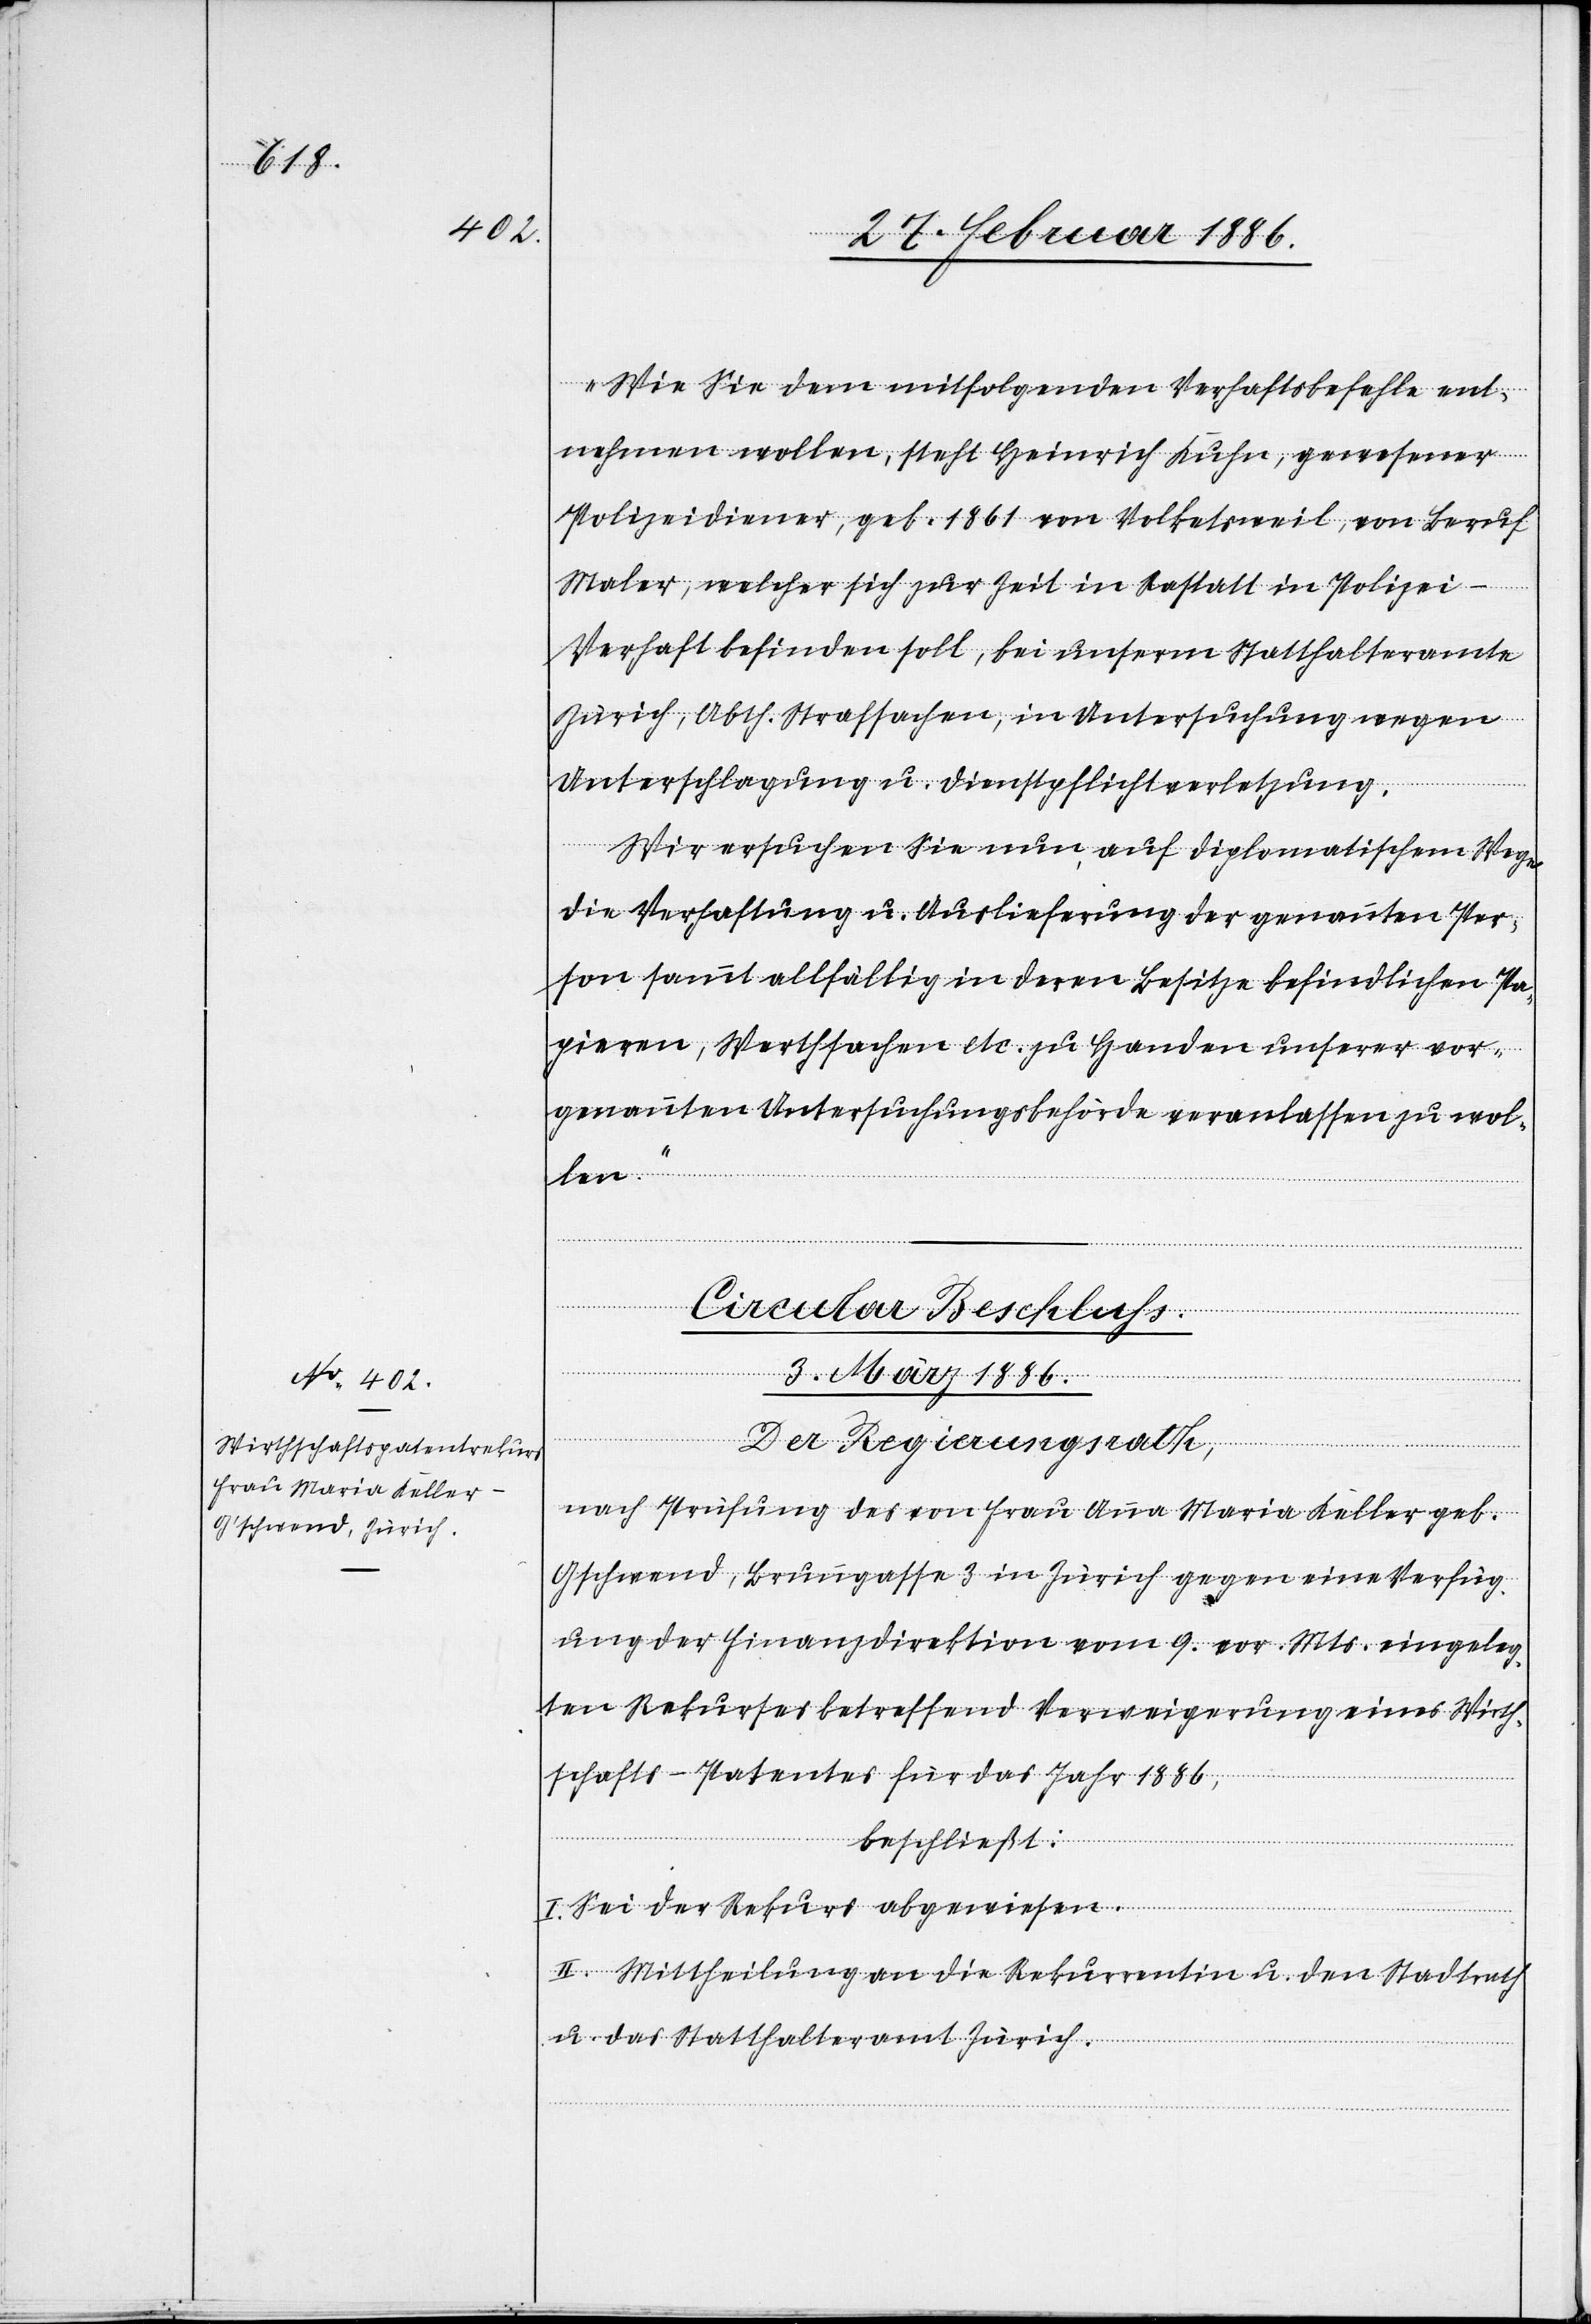
„Wie Sie dem mitfolgenden Verhaftsbefehle ent¬
nehmen wollen, steht Heinrich Kuhn, gewesener
Polizeidiener, geb. 1861 von Volketsweil, von Beruf
Maler, welcher sich zur Zeit in Rastatt in Polizei-V¬
erhaft befinden soll, bei unserm Statthalteramte
Zürich, Abth. Strafsachen, in Untersuchung wegen
Unterschlagung u. Dienstpflichtverletzung.
Wir ersuchen Sie nun auf diplomatischem Wege
die Verhaftung u. Auslieferung der genannten Per¬
son sammt allfällig in deren Besitze befindlichen Pa¬
pieren, Werthsachen etc. zu Handen unserer vor¬
genannten Untersuchungsbehörde veranlassen zu wol¬
len.“
Circular-Beschluss.
3. März 1886.
Der Regierungsrath,
nach Prüfung des von Frau Anna Maria Keller geb.
Gschwend, Brunngasse 3 in Zürich gegen eine Verfüg¬
ung der Finanzdirektion vom 9. vor. Mts. eingeleg¬
ten Rekurses betreffend Verweigerung eines Wirth¬
schafts-Patentes für das Jahr 1886,
beschließt:
I. Sei der Rekurs abgewiesen.
II. Mittheilung an die Rekurrentin u. den Stadtrath
u. das Statthalteramt Zürich.